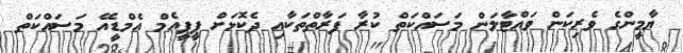
ޔާމީންގެ ވެރިކަން ވައްޓާލަން މަސައްކަތް ކުރާ ފަރާތްތަކާއި ދެކޮޅަށް ޕީޕީއެމް އެމްޑީއޭ މަސައްކަތް